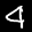
Label: 4